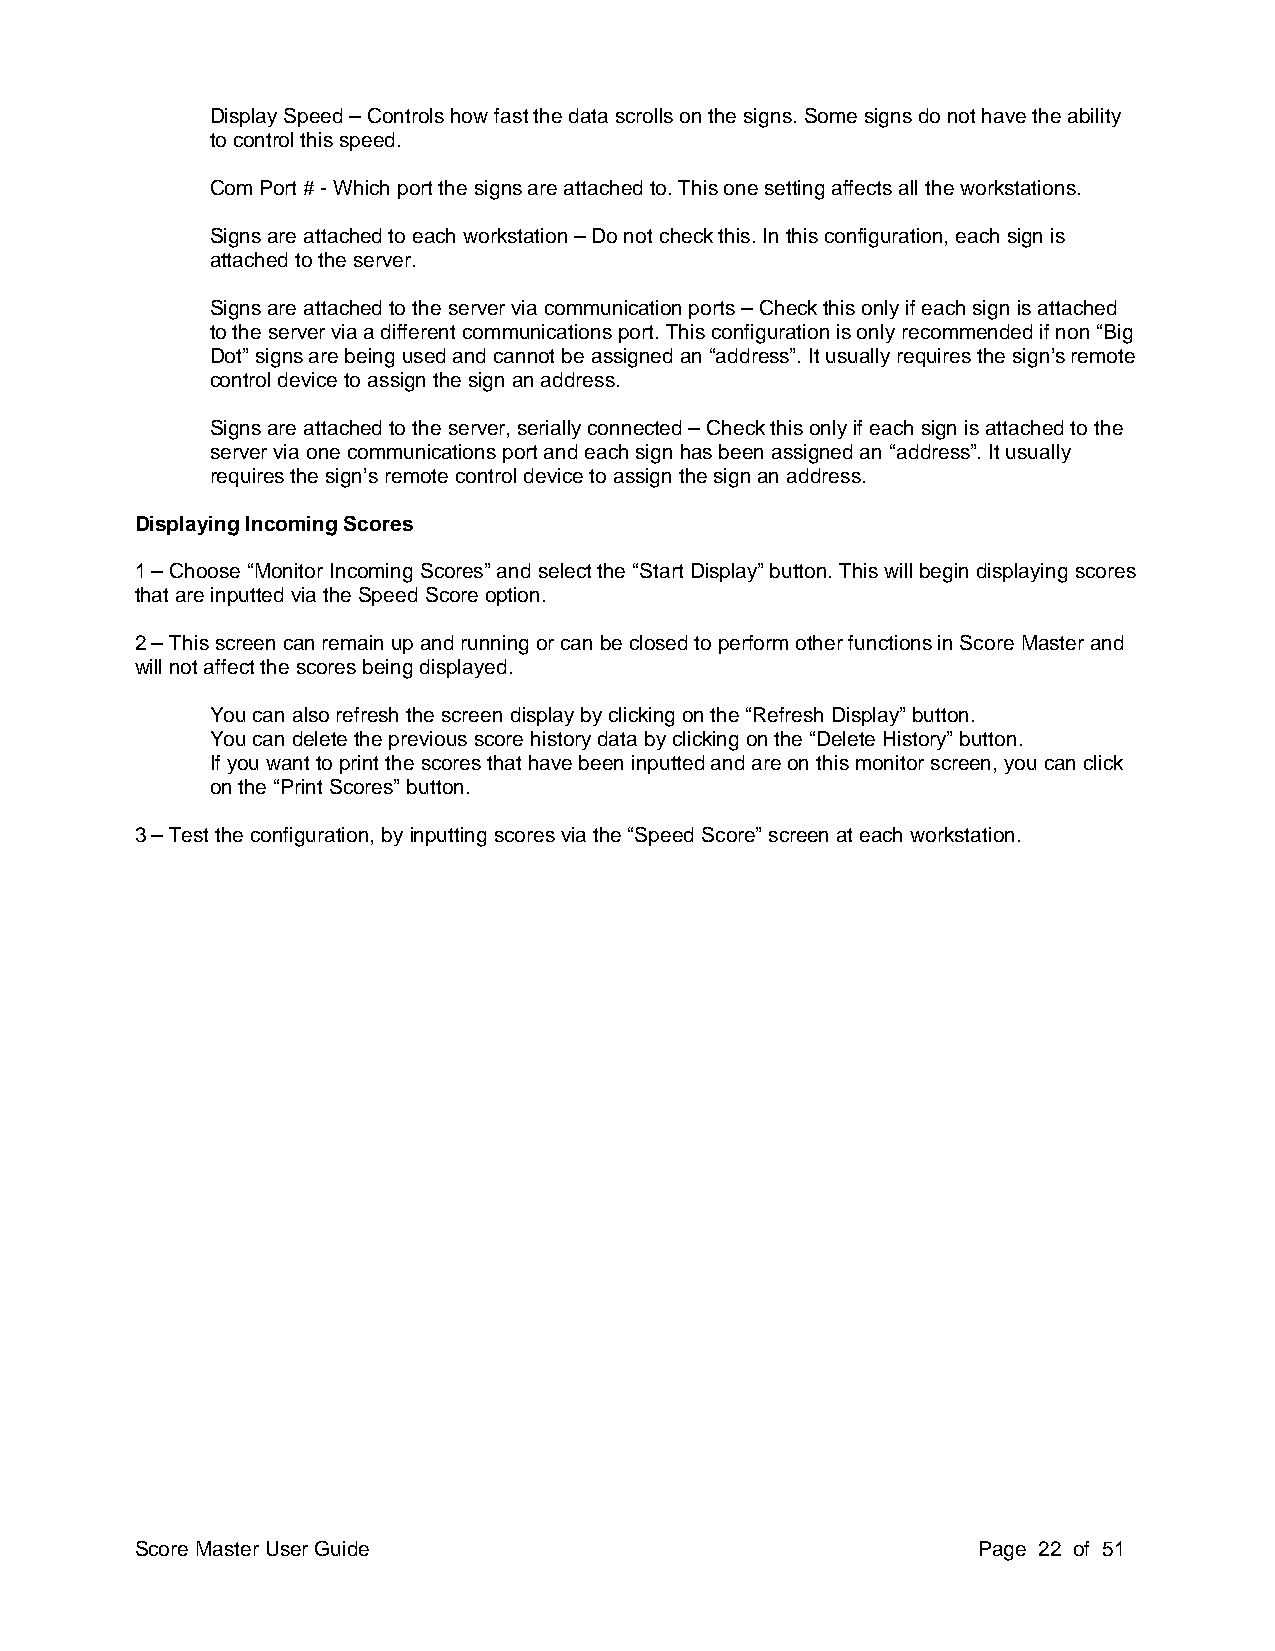
Display Speed – Controls how fast the data scrolls on the signs. Some signs do not have the ability
 to control this speed.
 Com Port # - Which port the signs are attached to. This one setting affects all the workstations.
 Signs are attached to each workstation – Do not check this. In this configuration, each sign is
 attached to the server.
 Signs are attached to the server via communication ports – Check this only if each sign is attached
 to the server via a different communications port. This configuration is only recommended if non “Big
 Dot” signs are being used and cannot be assigned an “address”. It usually requires the sign’s remote
 control device to assign the sign an address.
 Signs are attached to the server, serially connected – Check this only if each sign is attached to the
 server via one communications port and each sign has been assigned an “address”. It usually
 requires the sign’s remote control device to assign the sign an address.
 Displaying Incoming Scores
 1 – Choose “Monitor Incoming Scores” and select the “Start Display” button. This will begin displaying scores
 that are inputted via the Speed Score option.
 2 – This screen can remain up and running or can be closed to perform other functions in Score Master and
 will not affect the scores being displayed.
 You can also refresh the screen display by clicking on the “Refresh Display” button.
 You can delete the previous score history data by clicking on the “Delete History” button.
 If you want to print the scores that have been inputted and are on this monitor screen, you can click
 on the “Print Scores” button.
 3 – Test the configuration, by inputting scores via the “Speed Score” screen at each workstation.
 Score Master User Guide                                 Page 22 of 51